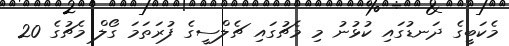
މެކަބީގެ ދަނޑުގައި ކުޅުނު މި މެޗުގައި ޗެލްސީގެ ފުރަތަމަ ގޯލް މެޗުގެ 20